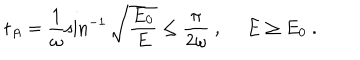
t _ { A } = \frac { 1 } { \omega } \sin ^ { - 1 } \sqrt { \frac { E _ { 0 } } { E } } \leq \frac { \pi } { 2 \omega } \ , \ E \geq E _ { 0 } \ .